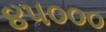
૪૫૦૦૦